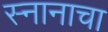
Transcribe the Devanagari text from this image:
स्नानाचा